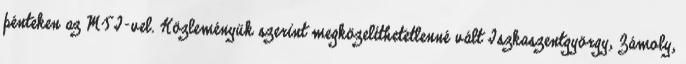
pénteken az MTI-vel. Közleményük szerint megközelíthetetlenné vált Iszkaszentgyörgy, Zámoly,